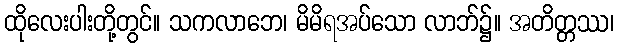
ထိုလေးပါးတို့တွင်။ သကလာဘေ၊ မိမိရအပ်သော လာဘ်၌။ အတိတ္တဿ၊